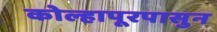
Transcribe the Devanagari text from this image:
कोल्हापूरपासुन